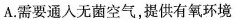
A.需要通人无菌空气，提供有氧环境